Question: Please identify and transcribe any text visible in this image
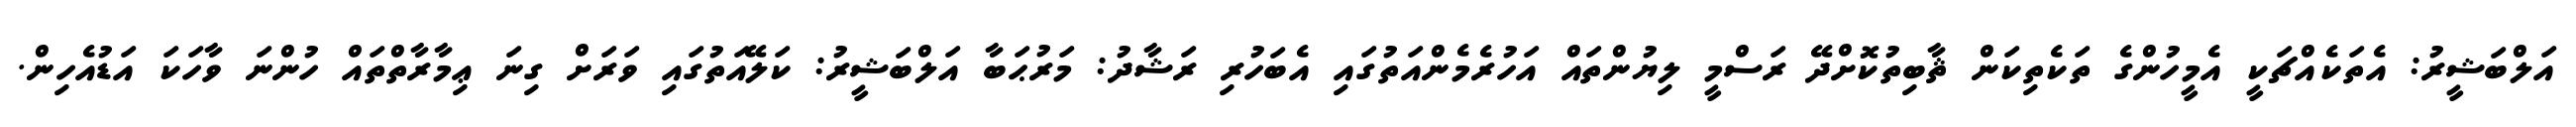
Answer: އަލްބަޝީރު: އެތަކެއްޗަކީ އެމީހުންގެ ތަކެތިކަން ޘާބިތުކޮށްދޭ ރަސްމީ ލިޔުންތައް އަހުރެމެންއަތުގައި އެބަހުރި ރަޝާދު: މަރުޙަބާ އަލްބަޝީރު: ކަލޭއަތުގައި ވަރަށް ގިނަ ޢިމާރާތްތައް ހުންނަ ވާހަކަ އަޑުއެހިން.